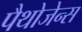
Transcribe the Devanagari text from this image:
पैथोजेन्स